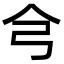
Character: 𢎦